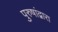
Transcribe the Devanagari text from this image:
पुरुषांद्वारा